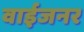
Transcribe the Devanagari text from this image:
वाईजनर